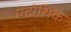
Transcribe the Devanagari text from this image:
पटोशिक